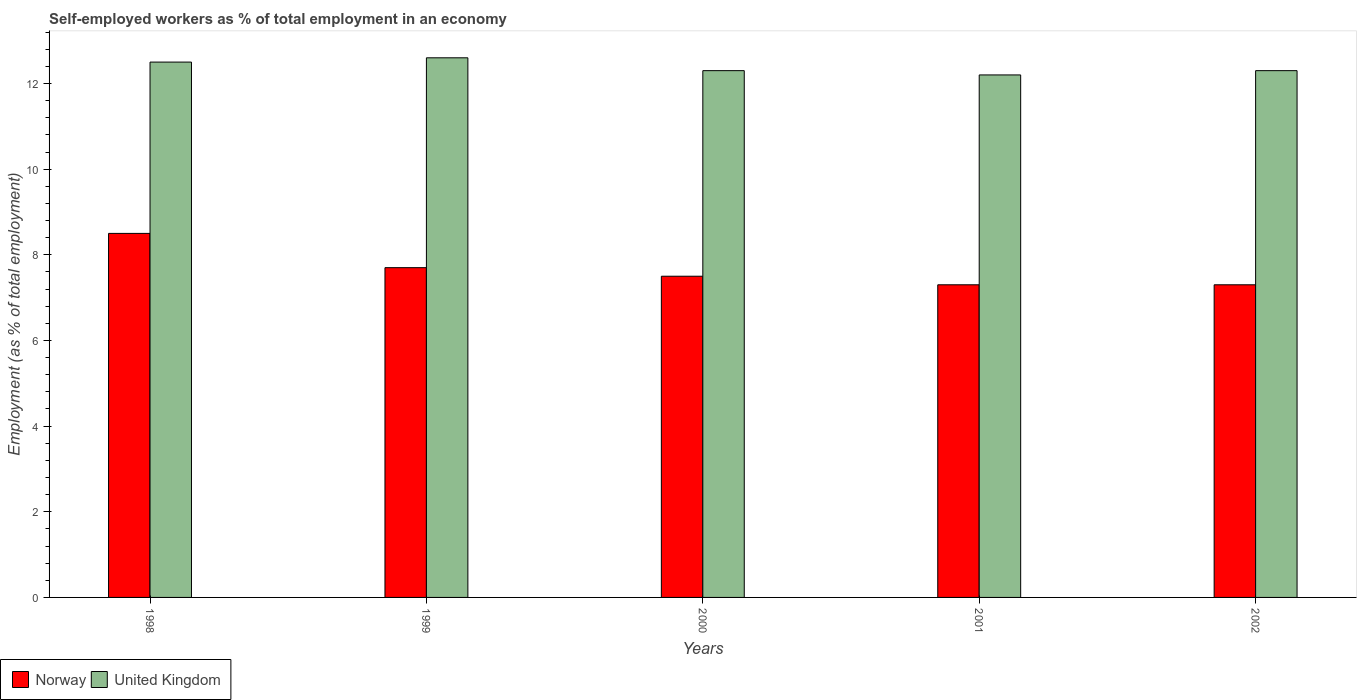
| Years | Norway | United Kingdom |
 | --- | --- | --- |
 | 1998 | 8.5 | 12.5 |
 | 1999 | 7.7 | 12.6 |
 | 2000 | 7.5 | 12.3 |
 | 2001 | 7.3 | 12.2 |
 | 2002 | 7.3 | 12.3 |